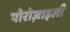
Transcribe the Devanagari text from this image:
पोरोज़ाइली